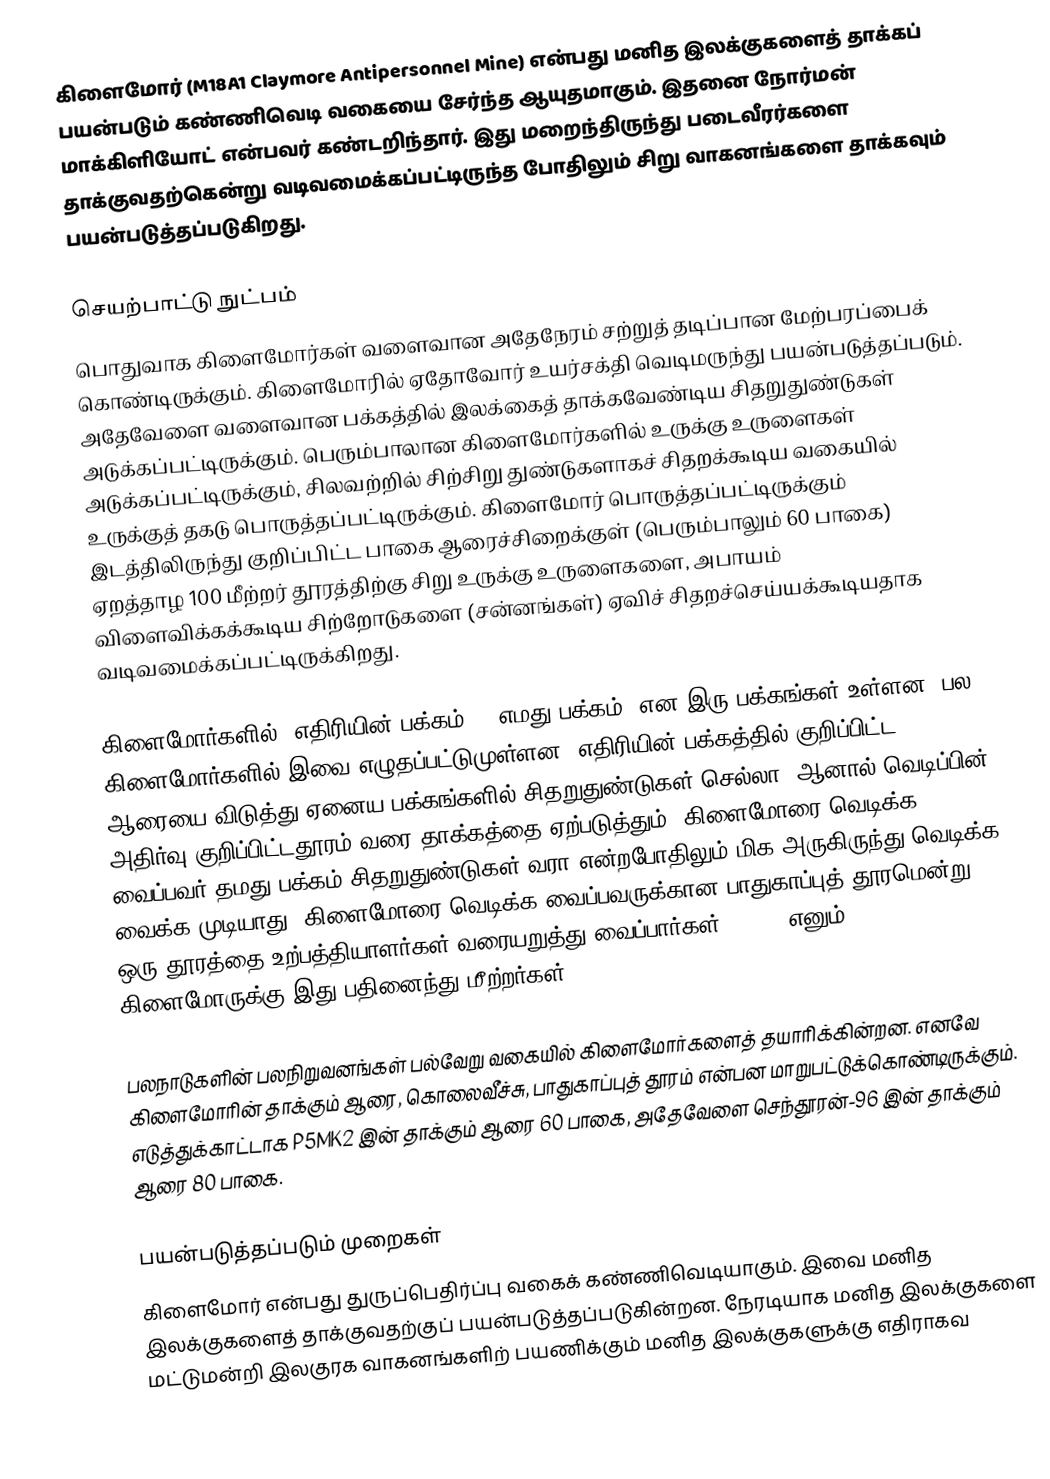
கிளைமோர் (M18A1 Claymore Antipersonnel Mine) என்பது மனித இலக்குகளைத் தாக்கப் பயன்படும் கண்ணிவெடி வகையை சேர்ந்த ஆயுதமாகும். இதனை நோர்மன் மாக்கிளியோட் என்பவர் கண்டறிந்தார். இது மறைந்திருந்து படைவீரர்களை தாக்குவதற்கென்று வடிவமைக்கப்பட்டிருந்த போதிலும் சிறு வாகனங்களை தாக்கவும் பயன்படுத்தப்படுகிறது.

செயற்பாட்டு நுட்பம்
பொதுவாக கிளைமோர்கள் வளைவான அதேநேரம் சற்றுத் தடிப்பான மேற்பரப்பைக் கொண்டிருக்கும். கிளைமோரில் ஏதோவோர் உயர்சக்தி வெடிமருந்து பயன்படுத்தப்படும். அதேவேளை வளைவான பக்கத்தில் இலக்கைத் தாக்கவேண்டிய சிதறுதுண்டுகள் அடுக்கப்பட்டிருக்கும். பெரும்பாலான கிளைமோர்களில் உருக்கு உருளைகள் அடுக்கப்பட்டிருக்கும், சிலவற்றில் சிற்சிறு துண்டுகளாகச் சிதறக்கூடிய வகையில் உருக்குத் தகடு பொருத்தப்பட்டிருக்கும். கிளைமோர் பொருத்தப்பட்டிருக்கும் இடத்திலிருந்து குறிப்பிட்ட பாகை ஆரைச்சிறைக்குள் (பெரும்பாலும் 60 பாகை) ஏறத்தாழ 100 மீற்றர் தூரத்திற்கு சிறு உருக்கு உருளைகளை, அபாயம் விளைவிக்கக்கூடிய சிற்றோடுகளை (சன்னங்கள்) ஏவிச் சிதறச்செய்யக்கூடியதாக வடிவமைக்கப்பட்டிருக்கிறது.

கிளைமோர்களில் 'எதிரியின் பக்கம்', 'எமது பக்கம்' என இரு பக்கங்கள் உள்ளன. பல கிளைமோர்களில் இவை எழுதப்பட்டுமுள்ளன. எதிரியின் பக்கத்தில் குறிப்பிட்ட ஆரையை விடுத்து ஏனைய பக்கங்களில் சிதறுதுண்டுகள் செல்லா. ஆனால் வெடிப்பின் அதிர்வு குறிப்பிட்டதூரம் வரை தாக்கத்தை ஏற்படுத்தும். கிளைமோரை வெடிக்க வைப்பவர் தமது பக்கம் சிதறுதுண்டுகள் வரா என்றபோதிலும் மிக அருகிருந்து வெடிக்க வைக்க முடியாது. கிளைமோரை வெடிக்க வைப்பவருக்கான பாதுகாப்புத் தூரமென்று ஒரு தூரத்தை உற்பத்தியாளர்கள் வரையறுத்து வைப்பார்கள். M18A1 எனும் கிளைமோருக்கு இது பதினைந்து மீற்றர்கள்.

பலநாடுகளின் பலநிறுவனங்கள் பல்வேறு வகையில் கிளைமோர்களைத் தயாரிக்கின்றன. எனவே கிளைமோரின் தாக்கும் ஆரை, கொலைவீச்சு, பாதுகாப்புத் தூரம் என்பன மாறுபட்டுக்கொண்டிருக்கும். எடுத்துக்காட்டாக P5MK2 இன் தாக்கும் ஆரை 60 பாகை, அதேவேளை செந்தூரன்-96 இன் தாக்கும் ஆரை 80 பாகை.

பயன்படுத்தப்படும் முறைகள்
கிளைமோர் என்பது துருப்பெதிர்ப்பு வகைக் கண்ணிவெடியாகும். இவை மனித இலக்குகளைத் தாக்குவதற்குப் பயன்படுத்தப்படுகின்றன. நேரடியாக மனித இலக்குகளை மட்டுமன்றி இலகுரக வாகனங்களிற் பயணிக்கும் மனித இலக்குகளுக்கு எதிராகவ